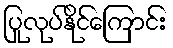
ပြုလုပ်နိုင်ကြောင်း